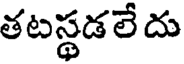
తటస్థడలే దు